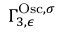
\Gamma _ { 3 , \epsilon } ^ { \mathrm { O s c } , \sigma }